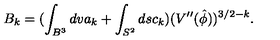
B _ { k } = ( \int _ { B ^ { 3 } } d v a _ { k } + \int _ { S ^ { 2 } } d s c _ { k } ) ( V ^ { \prime \prime } ( \hat { \phi } ) ) ^ { 3 / 2 - k } .